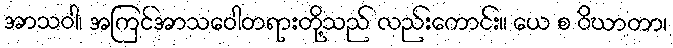
အာသဝါ၊ အကြင်အာသဝေါတရားတို့သည် လည်းကောင်း။ ယေ စ ဝိဃာတာ၊